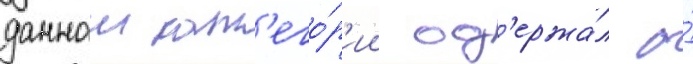
даннои кат'его́р'ии од'ержа́л о́